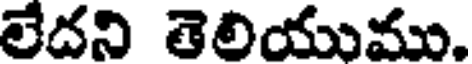
లేదని తెలియుము.